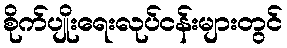
စိုက်ပျိုးရေးလုပ်ငန်းများတွင်